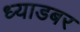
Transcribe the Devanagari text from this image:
ध्याडबर